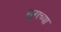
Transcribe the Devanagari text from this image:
खुराच्या